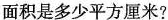
面积是多少平方厘米?